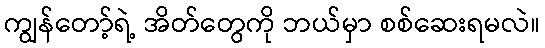
ကျွန်တော့်ရဲ့ အိတ်တွေကို ဘယ်မှာ စစ်ဆေးရမလဲ။